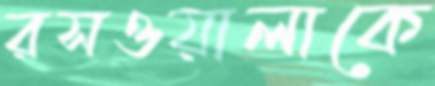
রসওয়ালাকে